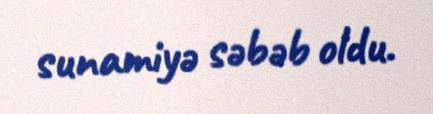
sunamiyə səbəb oldu.